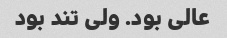
عالی بود. ولی تند بود